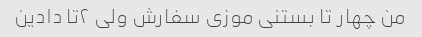
من چهار تا بستنی موزی سفارش ولی ۲تا دادین